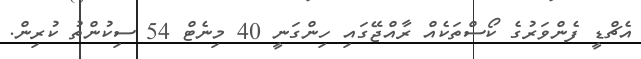
އެޗްޑީ ފެންވަރުގެ ކޯސްތަކެއް ރާއްޖޭގައި ހިންގަނީ 40 މިނެޓް 54 ސިކުންތު ކުރިން.